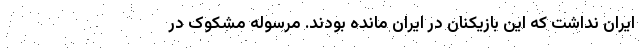
ایران نداشت که این بازیکنان در ایران مانده بودند. مرسوله مشکوک در